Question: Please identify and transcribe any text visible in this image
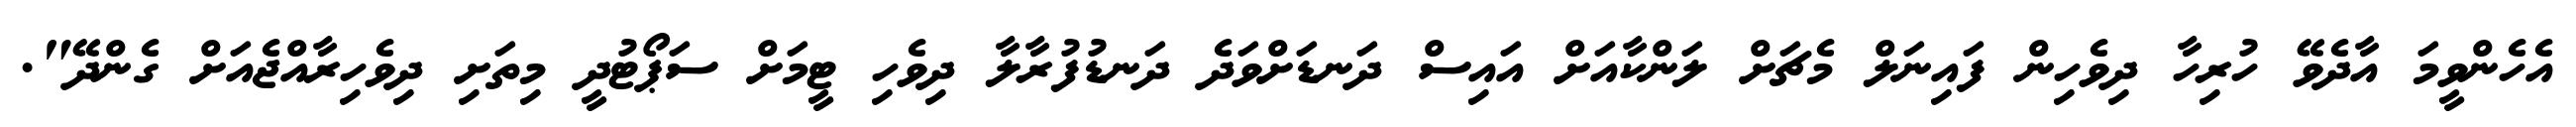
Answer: އެހެންވީމަ އާދެވޭ ހުރިހާ ދިވެހިން ފައިނަލް މެޗަށް ލަންކާއަށް އައިސް ދަނޑަށްވަދެ ދަނޑުފުރާލާ ދިވެހި ޓީމަށް ސަޕޯޓުދީ މިތަށި ދިވެހިރާއްޖެއަށް ގެންދޭ".